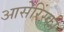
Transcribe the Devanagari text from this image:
आसेरिंस्की